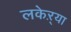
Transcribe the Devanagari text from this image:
लकेऱ्या